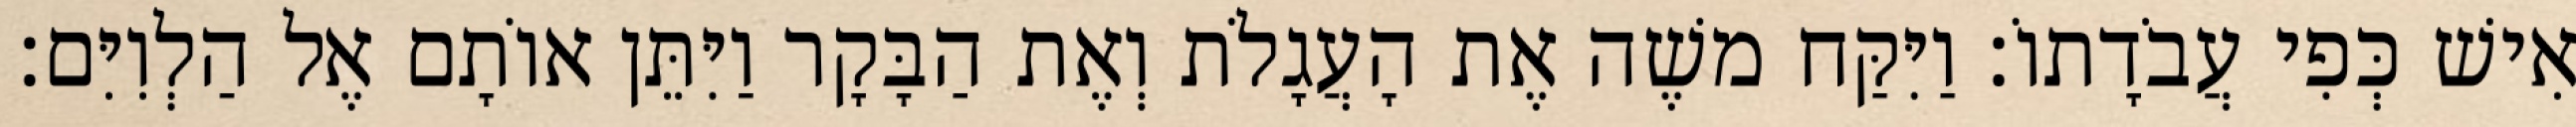
אִישׁ כְּפִי עֲבֹדָתוֹ׃ וַיִּקַּח משֶׁה אֶת הָעֲגָלֹת וְאֶת הַבָּקָר וַיִּתֵּן אוֹתָם אֶל הַלְוִיִּם׃